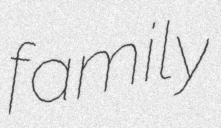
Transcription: family